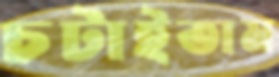
চটাইতাম